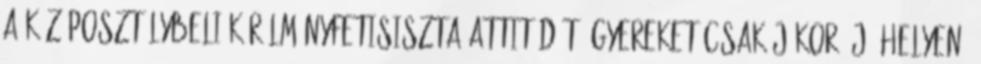
a középosztálybeli körülményfetisiszta attitűdöt: gyereket csak jókor, jó helyen,